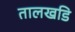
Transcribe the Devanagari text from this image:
तालखडि